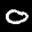
Label: 0